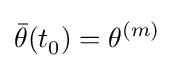
{\bar {\theta }}(t_{0}^{})=\theta ^{(m)}